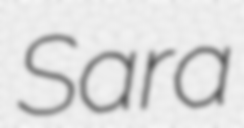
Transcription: Sara